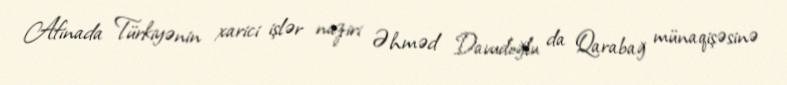
Afinada Türkiyənin xarici işlər naziri Əhməd Davudoğlu da Qarabağ münaqişəsinə